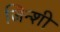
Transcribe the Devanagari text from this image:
जिन्शी